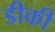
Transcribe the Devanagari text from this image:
डीकी